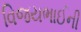
વિજયભાઈની